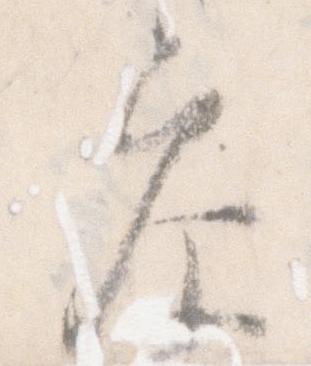
参